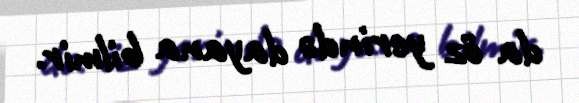
da öz yerində dayana bilmir.